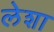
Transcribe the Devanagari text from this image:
लेशा